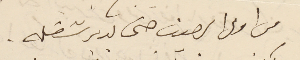
من اول الصيف حتى يدبر شغله.